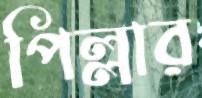
পিল্লার